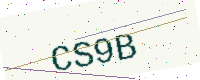
Text: CS9B